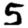
Digit: 5